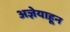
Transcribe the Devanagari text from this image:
अज्ञेयाहून